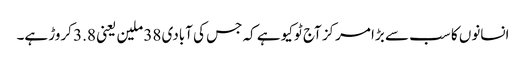
انسانوں کا سب سے بڑا مرکز آج ٹوکیو ہے کہ جس کی آبادی 38 ملین یعنی 3.8 کروڑ ہے۔